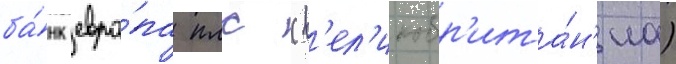
ба́нк евро́па плс (в'ел'икобр'ита́н'иа)